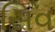
સિવ